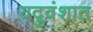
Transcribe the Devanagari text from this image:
यदुवंशात